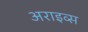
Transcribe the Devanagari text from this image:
अराइव्स